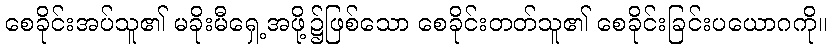
စေခိုင်းအပ်သူ၏ မခိုးမီရှေ့အဖို့၌ဖြစ်သော စေခိုင်းတတ်သူ၏ စေခိုင်းခြင်းပယောဂကို။